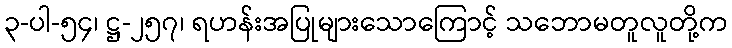
၃-ပါ-၅၄၊ ဋ္ဌ-၂၅၇၊ ရဟန်းအပြုများသောကြောင့် သဘောမတူလူတို့က